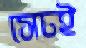
সেচই